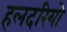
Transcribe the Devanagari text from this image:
हलदरियो